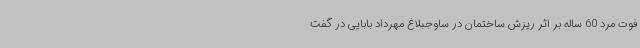
فوت مرد 60 ساله بر اثر ریزش ساختمان در ساوجبلاغ مهرداد بابایی در گفت